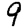
Digit: 9